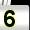
Digit: 5